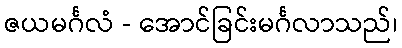
ဇယမင်္ဂလံ - အောင်ခြင်းမင်္ဂလာသည်၊